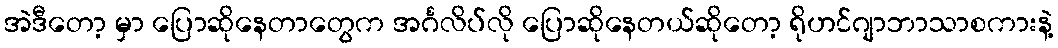
အဲဒီတော့ မှာ ပြောဆိုနေတာတွေက အင်္ဂလိပ်လို ပြောဆိုနေတယ်ဆိုတော့ ရိုဟင်ဂျာဘာသာစကားနဲ့